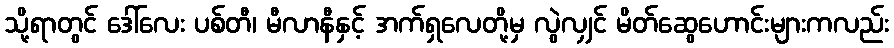
သို့ရာတွင် ဒေါ်လေး ပစ်တီ၊ မီလာနီနှင့် အက်ရှလေတို့မှ လွဲလျှင် မိတ်ဆွေဟောင်းများကလည်း